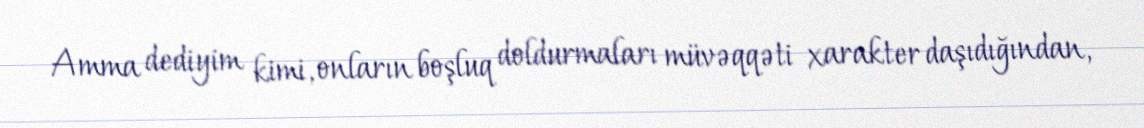
Amma dediyim kimi, onların boşluq doldurmaları müvəqqəti xarakter daşıdığından,